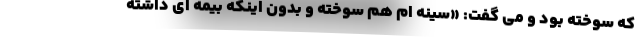
که سوخته بود و می گفت: «سینه ام هم سوخته و بدون اینکه بیمه ای داشته